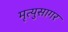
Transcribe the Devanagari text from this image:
मृत्युसागर